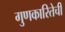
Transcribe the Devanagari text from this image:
गुणकारितेची